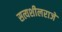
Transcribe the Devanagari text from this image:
सत्यशीलराजे